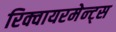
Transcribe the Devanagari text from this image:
रिक्वायरमेन्ट्स